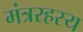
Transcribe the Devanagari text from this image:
मंत्ररहस्य